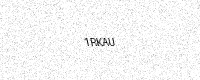
Text: 1RKAU